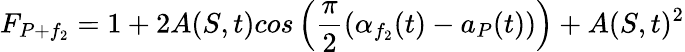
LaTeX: F_{P+f_{2}}=1+2A(S,t)cos\left(\frac{\pi}{2}(\alpha_{f_{2}}(t)-a_{P}(t))\right)+A(S,t)^{2}